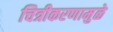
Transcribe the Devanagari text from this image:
चित्रीकरणामुळे